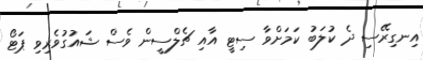
އިނގިރޭސި ދެ ކުލަބު ކަމަށްވާ ސިޓީ އާއި ޗެލްސީން ވެސް ޝައުގުވެރިވި ޕަޓޯ